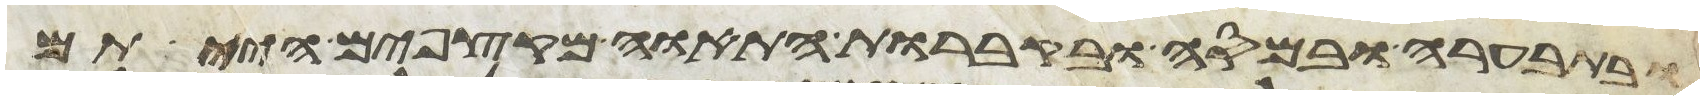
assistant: ובתבערה ובמסה ובקברות התאוה מקצפים הייתם